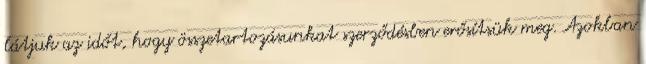
látjuk az időt, hogy összetartozásunkat szerződésben erősítsük meg. Azokban